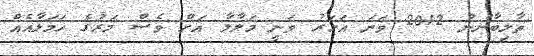
ތާލިބާނުން 2012 ވަނަ އަހަރު ވަނީ މަލާލާ އަށް ވެސް މަރުގެ ހަމަލާއެއް